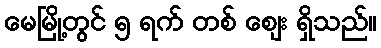
မေမြို့တွင် ၅ ရက် တစ် ဈေး ရှိသည်။